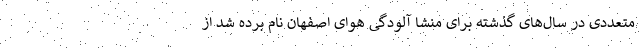
متعددی در سال‌های گذشته برای منشا آلودگی هوای اصفهان نام برده شد از